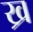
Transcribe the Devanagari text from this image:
ख्र